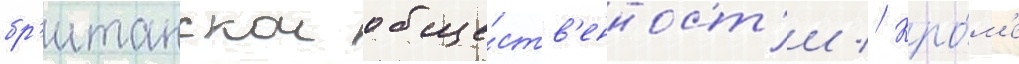
бр'итанскои обще́ств'енност'и // Кро́м'е